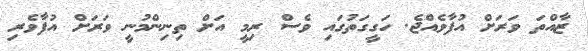
ޒާއްތަ ވަރަށް އުފާވެއްޖެ. ހަގީގަތުގައި ވެސް ރިމީ އަށް ތިނިންމުނީ ވަރަށް އުފާވެރި